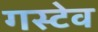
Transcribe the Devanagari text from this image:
गस्टेव